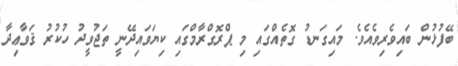
ބޭފުޅުން ބައިވެރިވެއެވެ. މައިގަނޑު ގޮތެއްގައި މި ޕްރޮގްރާމްގައި ކިޔަވައިދޭނީ ތަޖުވީދު ހުކުރު ޤަވާޢިދާ